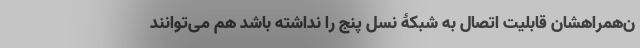
ن‌همراهشان قابلیت اتصال به شبکۀ نسل پنج را نداشته باشد هم می‌توانند